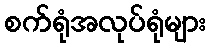
စက်ရုံအလုပ်ရုံများ